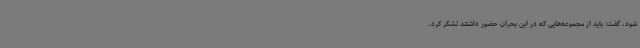
شود، گفت: باید از مجموعه‌هایی که در این بحران حضور داشتند تشکر کرد،